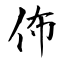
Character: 佈